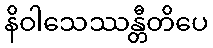
နိဝါသေဿန္တီတိပေ